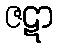
ဇဋာ